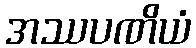
အဿပဏိယံ